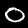
Label: 0